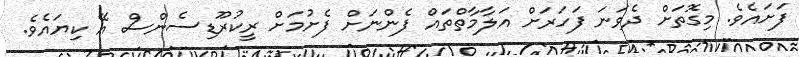
ފަށައެވެ. މިގޮތަށް ދެވަނަ ފަހަރަށް އަލާމާތްތައް ފެންނަށް ފެށުމަށް ރީކުރޫޑިސެންސް އޭ ކިޔައެވެ.